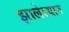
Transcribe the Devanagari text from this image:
झालेल्यांत